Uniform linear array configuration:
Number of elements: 8
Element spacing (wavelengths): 0.75
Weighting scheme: cosine
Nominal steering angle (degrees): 15
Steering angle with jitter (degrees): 13.106
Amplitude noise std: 0.05
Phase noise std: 0.05

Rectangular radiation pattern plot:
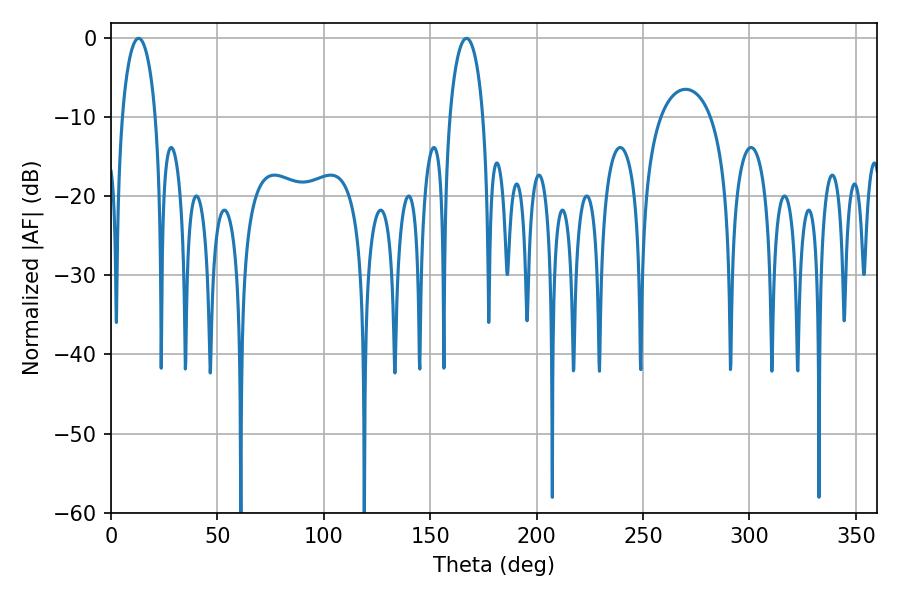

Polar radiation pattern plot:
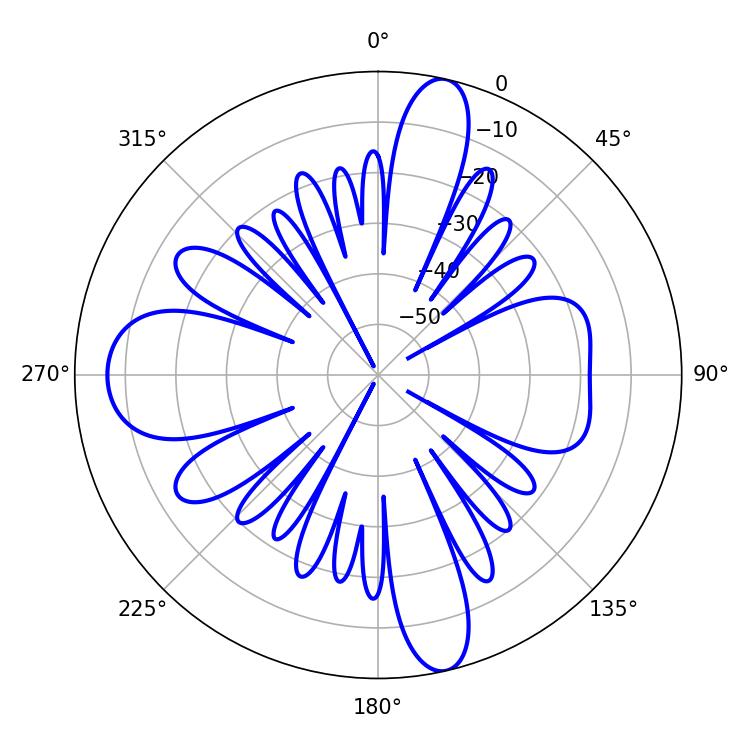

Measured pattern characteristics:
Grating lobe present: TRUE
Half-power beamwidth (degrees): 9
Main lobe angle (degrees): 12.96